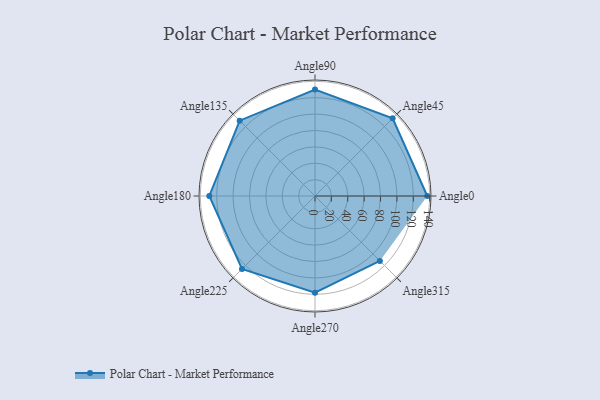
{"axis": {"x": "Angle", "y": "Radius"}, "legend": [""], "data": [{"x": "Angle0", "y": 137.0, "type": ""}, {"x": "Angle45", "y": 134.0, "type": ""}, {"x": "Angle90", "y": 130.0, "type": ""}, {"x": "Angle135", "y": 130.0, "type": ""}, {"x": "Angle180", "y": 129.0, "type": ""}, {"x": "Angle225", "y": 126.0, "type": ""}, {"x": "Angle270", "y": 118.0, "type": ""}, {"x": "Angle315", "y": 112.0, "type": ""}]}